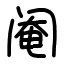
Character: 阉